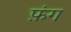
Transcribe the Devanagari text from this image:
फ़ंग